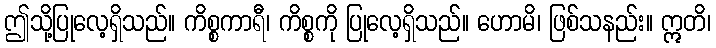
ဤသို့ပြုလေ့ရှိသည်။ ကိစ္စကာရီ၊ ကိစ္စကို ပြုလေ့ရှိသည်။ ဟောမိ၊ ဖြစ်သနည်း။ ဣတိ၊